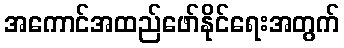
အကောင်အထည်ဖော်နိုင်ရေးအတွက်